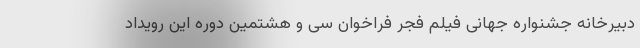
دبیرخانه جشنواره جهانی فیلم فجر فراخوان سی و هشتمین دوره این رویداد